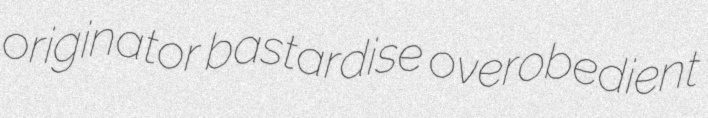
originator bastardise overobedient